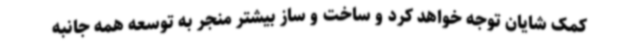
کمک شایان توجه خواهد کرد و ساخت و ساز بیشتر منجر به توسعه همه جانبه